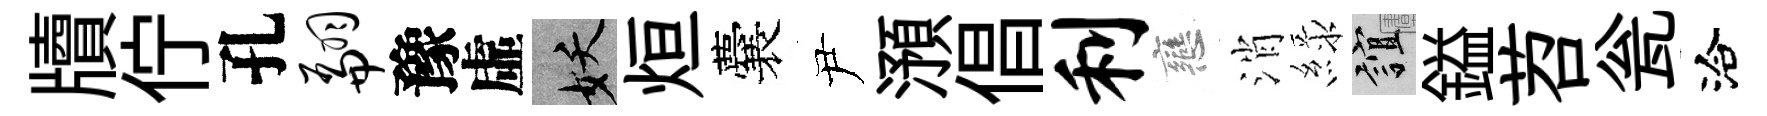
牘佇孔翩豫虛妖烜囊尹澦倡利戀消緑誼鎰苕瓮洽